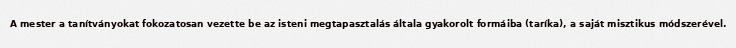
A mester a tanítványokat fokozatosan vezette be az isteni megtapasztalás általa gyakorolt formáiba (taríka), a saját misztikus módszerével.